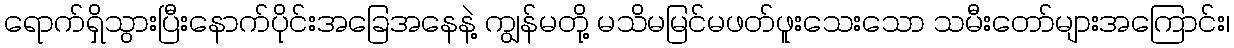
ရောက်ရှိသွားပြီးနောက်ပိုင်းအခြေအနေနဲ့ ကျွန်မတို့ မသိမမြင်မဖတ်ဖူးသေးသော သမီးတော်များအကြောင်း၊